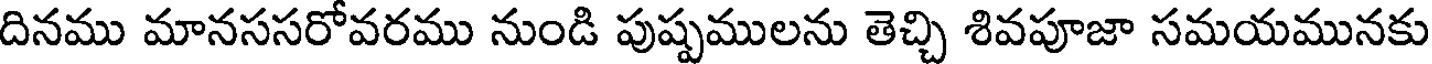
దినము మానససరోవరము నుండి పుష్పములను తెచ్చి శివపూజా సమయమునకు